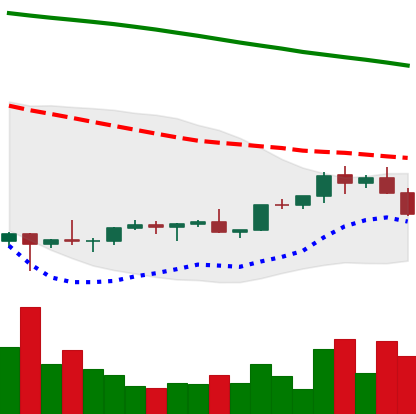
Ticker: EOS-USD
Chart end date: 2022-02-11
Forward return: 5.718%
Label: up_5_7